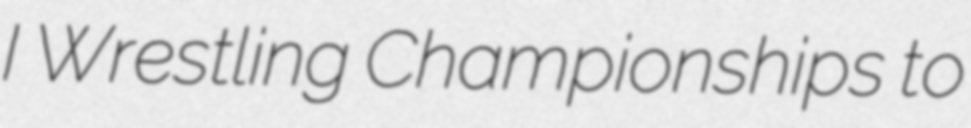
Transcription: I Wrestling Championships to